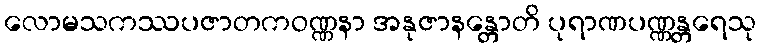
လောမသကဿပဇာတကဝဏ္ဏနာ အနုဇာနန္တောတိ ပုရာဏပဏ္ဏန္တရေသု